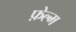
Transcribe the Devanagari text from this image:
फ़ेल्म